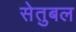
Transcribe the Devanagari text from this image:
सेतुबल